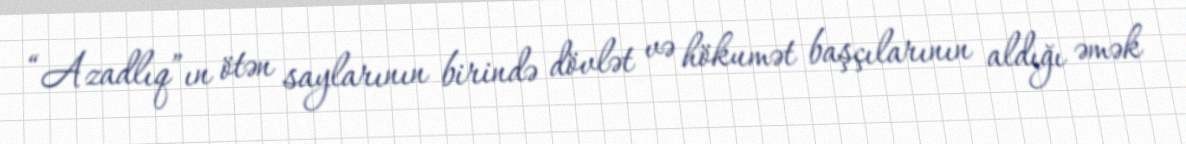
“Azadlıq”ın ötən saylarının birində dövlət və hökumət başçılarının aldığı əmək